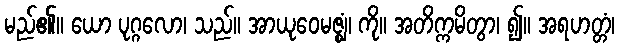
မည်၏။ ယော ပုဂ္ဂလော၊ သည်။ အာယုဝေမဇ္ဈံ၊ ကို။ အတိက္ကမိတွာ၊ ၍။ အရဟတ္တံ၊